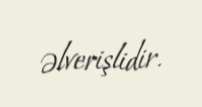
əlverişlidir.